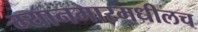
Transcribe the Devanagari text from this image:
म्यानमारमधीलच